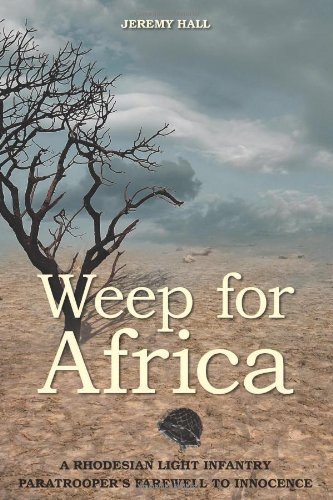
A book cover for Weep for Africa: A Rhodesian Light Infantry Paratrooper's Farewell to Innocence; Jeremy Hall; History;